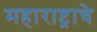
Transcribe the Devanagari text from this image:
महाराष्ट्र्राचे